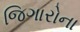
જિગારોના